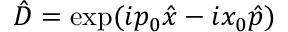
\hat { D } = \exp ( i p _ { 0 } \hat { x } - i x _ { 0 } \hat { p } )